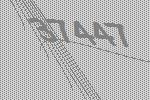
37447